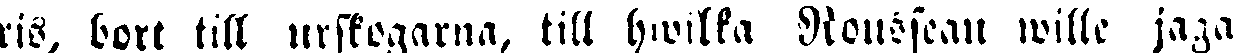
ris, bort till urskogarna, till hwilka Rousseau wille jaga